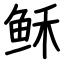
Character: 稣